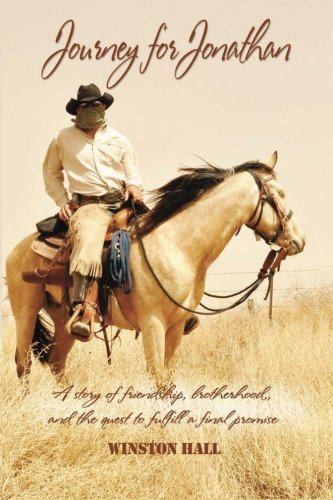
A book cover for Journey for Jonathan: A story of friendship, brotherhood, and the quest to fulfill a final promise; Winston Hall; Biographies & Memoirs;